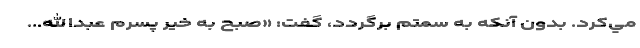
مي‌كرد. بدون آنكه به سمتم برگردد، گفت: «صبح‌ به ‌خير پسرم عبدالله...